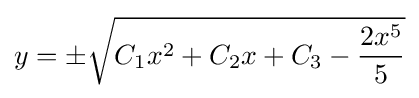
y=\pm {\sqrt {C_{1}x^{2}+C_{2}x+C_{3}-{\frac {2x^{5}}{5}}}}